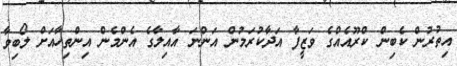
އިތުރުން ކެބިން ކްރޫއެއްގެ ވަޒީފާ އަދާކުރަމުން އަންނަ އާއިލާގެ އެންމެން އިންތިހާއަށް ލޯބިވާ